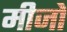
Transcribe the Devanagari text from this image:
मीजो